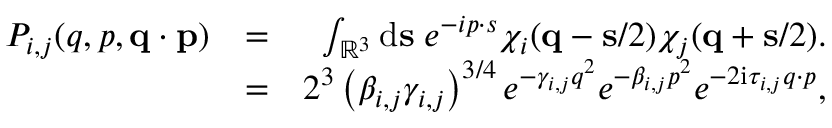
\begin{array} { r l r } { P _ { i , j } ( q , p , \ensuremath { \mathbf { q } } \cdot \ensuremath { \mathbf { p } } ) } & { = } & { \int _ { \mathbb { R } ^ { 3 } } \ensuremath { \mathrm { d } } \ensuremath { \mathbf { s } } \; e ^ { - i \b { p } \cdot \b { s } } \chi _ { i } ( \ensuremath { \mathbf { q } } - \ensuremath { \mathbf { s } } / 2 ) \chi _ { j } ( \ensuremath { \mathbf { q } } + \ensuremath { \mathbf { s } } / 2 ) . } \\ & { = } & { 2 ^ { 3 } \left( \beta _ { i , j } \gamma _ { i , j } \right) ^ { 3 / 4 } e ^ { - \gamma _ { i , j } q ^ { 2 } } e ^ { - \beta _ { i , j } p ^ { 2 } } e ^ { - 2 \ensuremath { \mathrm { i } } \tau _ { i , j } \b { q } \cdot \b { p } } , } \end{array}